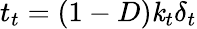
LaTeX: t_{t}=(1-D)\mathit{k}_{t}\delta_{t}